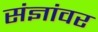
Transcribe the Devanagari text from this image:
संज्ञांवर